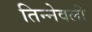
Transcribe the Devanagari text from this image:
तिन्नेवली